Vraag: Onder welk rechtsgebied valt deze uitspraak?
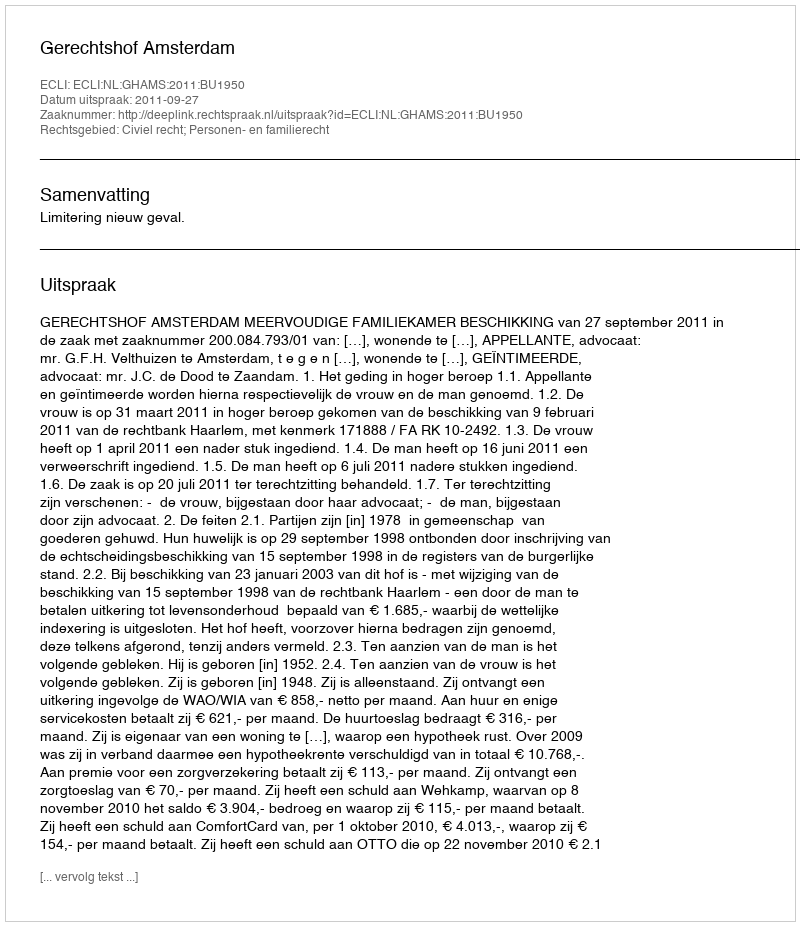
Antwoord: Civiel recht; Personen- en familierecht